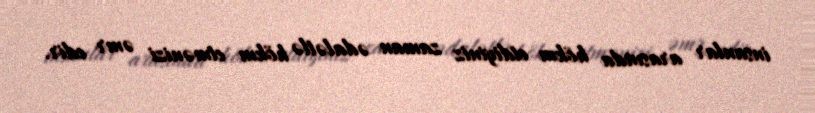
insanlar arasında hökm etdiyiniz zaman ədalətlə hökm etmənizi əmr edir.